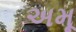
અમૂ